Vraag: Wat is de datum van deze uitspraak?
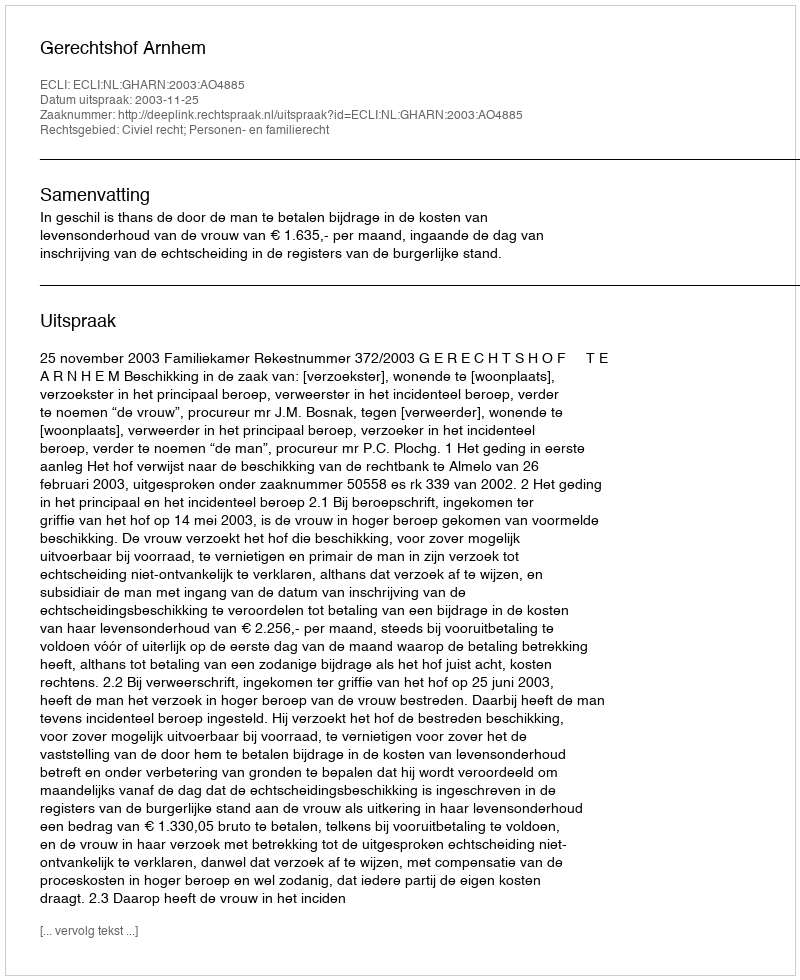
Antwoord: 2003-11-25